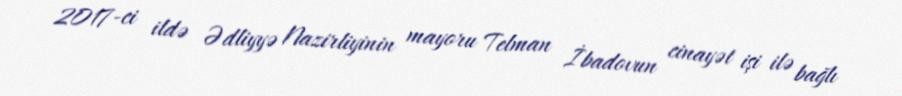
2017-ci ildə Ədliyyə Nazirliyinin mayoru Telman İbadovun cinayət işi ilə bağlı